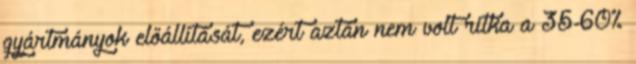
gyártmányok előállítását, ezért aztán nem volt ritka a 35-60%